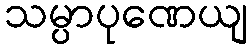
သမ္ပာပုဏေယျ